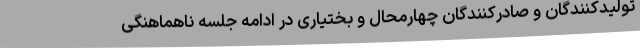
تولیدکنندگان و صادرکنندگان چهارمحال و بختیاری در ادامه جلسه ناهماهنگی